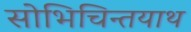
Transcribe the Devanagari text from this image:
सोभिचिन्तयाथ